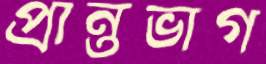
প্রান্তভাগ